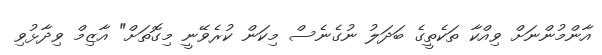
އާންމުންނަށް ވިއްކާ ތަކެތީގެ ބަދަލު ނުގެނެސް މިކަން ކުރެވޭނީ މިގޮތަށް" އާޒިމް ވިދާޅުވި